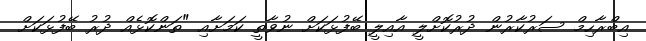
އިބްރާހިމް ސަރުކާރުން ދުރުކޮށްލީ އާއިލީ ބޭފުޅަކަށް ނުވާތީ ކަމަށާއި "ތަންކޮޅެއް ދުރު ބޭފުޅަކަށް